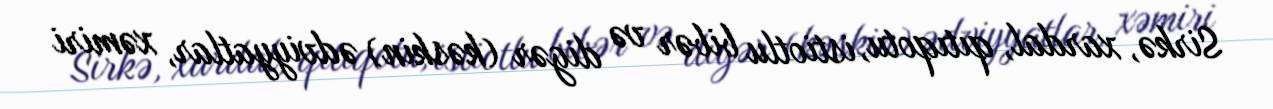
Sirkə, xardal, qıtıqotu, istiotlu bibər və digər (kəskin) ədviyyatlar, xəmiri